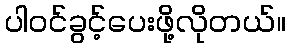
ပါဝင်ခွင့်ပေးဖို့လိုတယ်။